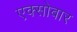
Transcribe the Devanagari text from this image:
एक्सोबार